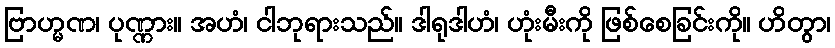
ဗြာဟ္မဏ၊ ပုဏ္ဏား။ အဟံ၊ ငါဘုရားသည်။ ဒါရုဒါဟံ၊ ဟုံးမီးကို ဖြစ်စေခြင်းကို။ ဟိတွာ၊